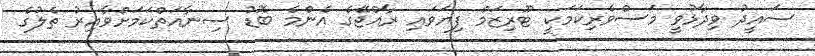
ސައީދު ވިދާޅުވީ މަސްވެރިކަމަކީ ޓޫރިޒަމް ފިޔަވައި ރާއްޖޭގެ އެންމެ ބޮޑު ސިނާއަތްކަމަށްވާއިރު ތެލުގެ